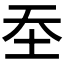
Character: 𰉛